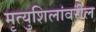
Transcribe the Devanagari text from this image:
मृत्युशिलांवरील